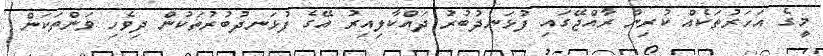
މީގެ އަހަރުތަކެއް ކުރިން ރާއްޖޭގައި ފުޅަނދުބުރު ދައްކާލިއިރު އޭގެ ފުޅަނދުބުރުތަކުން ދިވެހި ވަންތަކަން